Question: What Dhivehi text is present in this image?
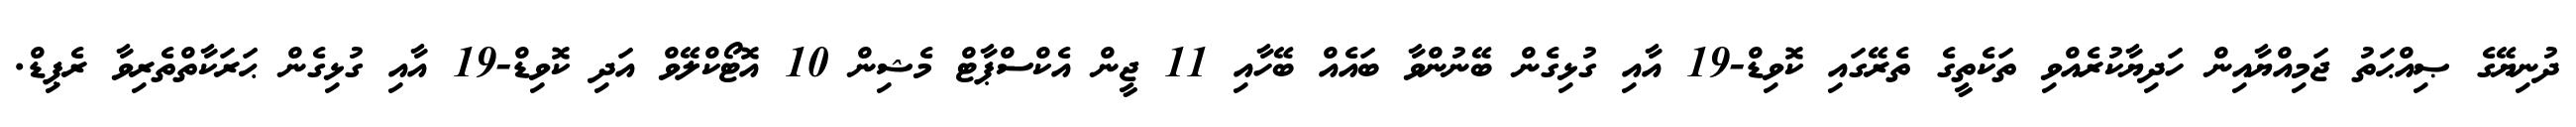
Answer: ދުނިޔޭގެ ޞިއްޙަތު ޖަމިއްޔާއިން ހަދިޔާކުރެއްވި ތަކެތީގެ ތެރޭގައި ކޮވިޑް-19 އާއި ގުޅިގެން ބޭނުންވާ ބައެއް ބޭހާއި 11 ޖީން އެކްސްޕާޓް މެޝިން 10 އޮޓޯކްލޭވް އަދި ކޮވިޑް-19 އާއި ގުޅިގެން ޙަރަކާތްތެރިވާ ރެޕިޑް.